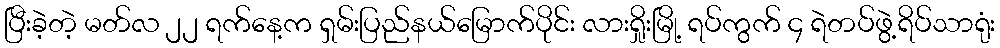
ပြီးခဲ့တဲ့ မတ်လ ၂၂ ရက်နေ့က ရှမ်းပြည်နယ်မြောက်ပိုင်း လားရှိုးမြို့ ရပ်ကွက် ၄ ရဲတပ်ဖွဲ့ရိပ်သာရုံး